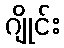
ဂျိုင်း